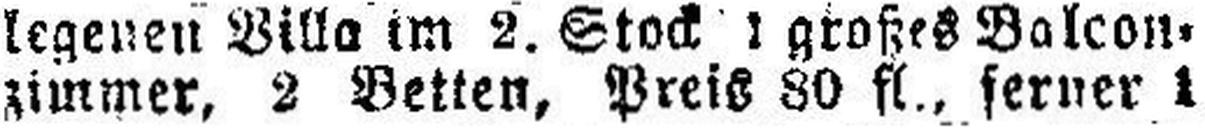
zimmer, 2 Betten, Preis 80 fl., ferner 1